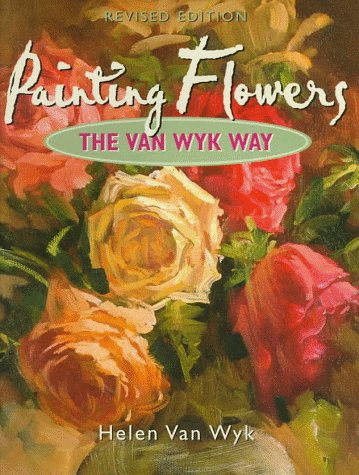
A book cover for Painting Flowers the Van Wyk Way; Helen Van Wyk; Arts & Photography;